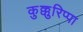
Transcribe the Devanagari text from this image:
कुक्कुरिप्पा